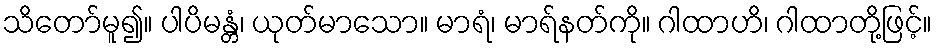
သိတော်မူ၍။ ပါပိမန္တံ၊ ယုတ်မာသော။ မာရံ၊ မာရ်နတ်ကို။ ဂါထာဟိ၊ ဂါထာတို့ဖြင့်။